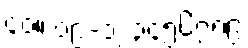
၄၀။ ၀၉-၁၂၃၄၅၆၇၈၉